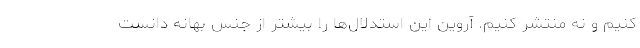
کنیم و نه منتشر کنیم. آروین این استدلال‌ها را بیشتر از جنس بهانه دانست